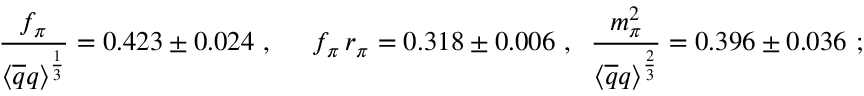
\begin{array} { c c c } { { \displaystyle \frac { f _ { \pi } } { \langle \overline { { { q } } } q \rangle ^ { \frac { 1 } { 3 } } } = 0 . 4 2 3 \pm 0 . 0 2 4 ~ , } } & { { \; \; f _ { \pi } \, r _ { \pi } = 0 . 3 1 8 \pm 0 . 0 0 6 ~ , \; \; \displaystyle \frac { m _ { \pi } ^ { 2 } } { \langle \overline { { { q } } } q \rangle ^ { \frac { 2 } { 3 } } } = 0 . 3 9 6 \pm 0 . 0 3 6 ~ ; } } \end{array}